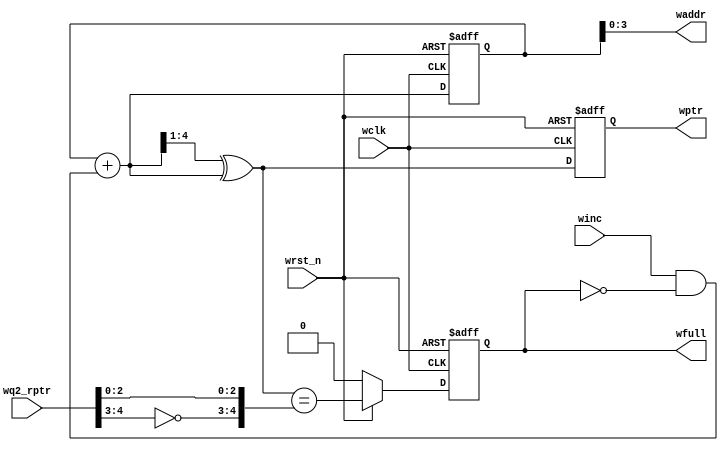
module wptr_full (wclk, winc, wrst_n, wq2_rptr, waddr, wptr, wfull);
	parameter n = 4;
	input wclk, winc, wrst_n;
	input [n:0] wq2_rptr;
	output [n-1:0] waddr;
	output reg [n:0] wptr;
	output reg wfull;
	
	reg [n:0] bin;
	wire [n:0] bnext, gnext;
	
	wire wfull_w;

	assign waddr = bin[n-1:0];
	
	assign bnext = bin + (winc & ~wfull);
	
	assign gnext = (bnext >> 1) ^ bnext;
	
	assign wfull_w = (wrst_n==1) ? (gnext == {~wq2_rptr[n:n-1], wq2_rptr[n-2:0]}) : 1'b0;
	
	always@(posedge wclk or negedge wrst_n)
	begin
		if(~wrst_n)
		begin
			wptr <= 0;
			bin <= 0;
			wfull <= 0;
		end
		else
		begin
			wptr <= gnext ;
			bin <= bnext;
			wfull <= wfull_w;
		end
	end
	
endmodule